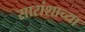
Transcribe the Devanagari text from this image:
सारांशाच्या